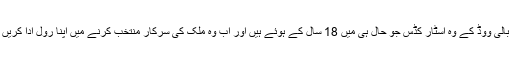
یعنی بالی ووڈ کے وہ اسٹار کڈس جو حال ہی میں 18 سال کے ہوئے ہیں اور اب وہ ملک کی سرکار منتخب کرنے میں اپنا رول ادا کریں گے۔